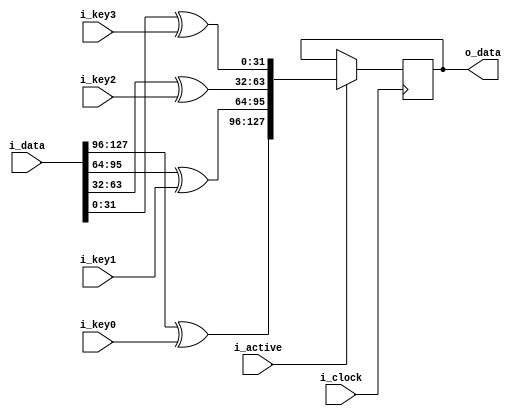
module AddRoundKey(
	input i_clock,
	input [0:127] i_data,
	input i_active,
	input [0:31] i_key0,
	input [0:31] i_key1,
	input [0:31] i_key2,
	input [0:31] i_key3,
	output [0:127] o_data
);

reg [0:127] r_data;
// reg [0:7] r_state [0:15];

function [31 : 0] roundkeyw(input [31 : 0] w, input [31:0] key);
begin
	roundkeyw = w ^ key;
end
endfunction // roundkeyw

function [0:127] roundkey(
	input [0:127] data,
	input [0:31] key0,
	input [0:31] key1,
	input [0:31] key2,
	input [0:31] key3
);
reg [0:31] w0, w1, w2, w3;
reg [0:31] ws0, ws1, ws2, ws3;
begin
  w0 = data[0:31];
  w1 = data[32:63];
  w2 = data[64:95];
  w3 = data[96:127];

  ws0 = roundkeyw(w0, key0);
  ws1 = roundkeyw(w1, key1);
  ws2 = roundkeyw(w2, key2);
  ws3 = roundkeyw(w3, key3);

  roundkey = {ws0, ws1, ws2, ws3};
end
endfunction // roundkey


always @(negedge i_clock) begin
	if (i_active) begin
		r_data <= roundkey(i_data, i_key0, i_key1, i_key2, i_key3);
	end
end

assign o_data = r_data;

endmodule